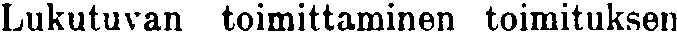
Lukutuvan toimittaminen toimituksen